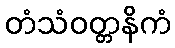
တံသံဝတ္တနိကံ